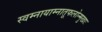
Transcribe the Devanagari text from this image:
स्वम्नायाम्नातूफलोन्मुखाः